Lunatic asylums Madras 1892-1911 - 1892-1911
Year: 1892
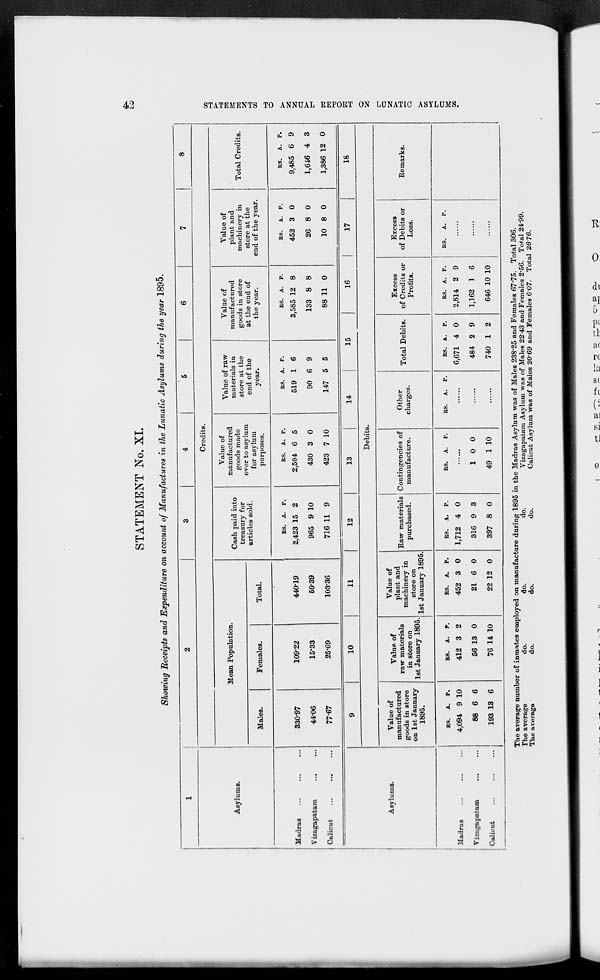
STATEMENT No. XI.
Showing Receipts and Expenditure on account of Manufactures in the Lunatic Asylums during the year 1895.
1
2
3
4
5
6
7
8
Asylums.
Credits.
Mean Population.
Cash paid into
treasury for
articles sold.
Value of
manufactured
goods made
over to asylum
for asylum
purposes.
Value of raw
materials in
store at the
end of the
year.
Value of
manufactured
goods in store
at the end of
the year.
Value of
plant and
machinery in
store at the
end of the year.
Total Credits.
Males.
Females.
Total.
Madras
Vizagapatam
Calicut
33097
44-06
7767
10922
15*33
25-69
44019
5939
10336
RS. A. P.
2,423 15 2
965 9 10
716 11 9
RS. A. P.
2,504 6 5
430 3 0
423 7 10
RS. A. P.
519 1 6
90 6 9
147 5 5
RS. A. P.
3,585 12 8
133 8 8
88 11 0
RS. A. P.
452 3 0
26 8 0
10 8 0
RS. A. P.
9,485 6 9
1,646 4 3
1,386 12 0
Asylums.
9
10
11
12
13
14
15
16
17
18
Debits.
Value of
man uf actured
goods in store
on 1st January
1895.
Value of
raw materials
in store on
1st January 1895
Value of
plant and
machinery in
store on
1st January 1895.
Raw materials
purchased.
Contingencies of
manufacture.
Other
charges.
Total Debits.
Excess
of Credits or
Profits.
Excess
of Debits or
Loss.
Remarks.
Madras
Viziigapatam
Calicut
RS.
A. P.
4,094 9 10
88 6 6
193 13 6
ES. A. P.
412 3 2
56 13 0
76 14 10
RS. A. P.
452 3 0
21 6 0
22 12 0
R8. A. P.
1,712 4 0
316 9 3
397 8 0
RS. A. P.
10 0
49 1 10
RS. A. P.
RS. A. P.
6,671 4 0
484 2 9
740 1 2
RS. A. P.
2,814 2 9
1,162 1 6
646 10 10
RS.
A. P.
za
»-3
K
00
►9
O
>
25
25
f
ft)
O
Hi
O
S3
•*->
a
1-1
Q
>
GO
fl
a
K
ca
The average number of inmates employed on manufacture during 1895 in the Madras Asylum was of Males 238-25 and Females 67*75. Total 306.
The average
do.
do.
do.
Vizagapatam Asylum was of Males 2243 and Females 2*56. Total 24*99.
The average
do.
do.
do.
Calicut Asylum was of Males 2069 and Females 607. Total 26*76.
Et 2. B ^ E» 2. ET2 g. g/-g O » ta.
W